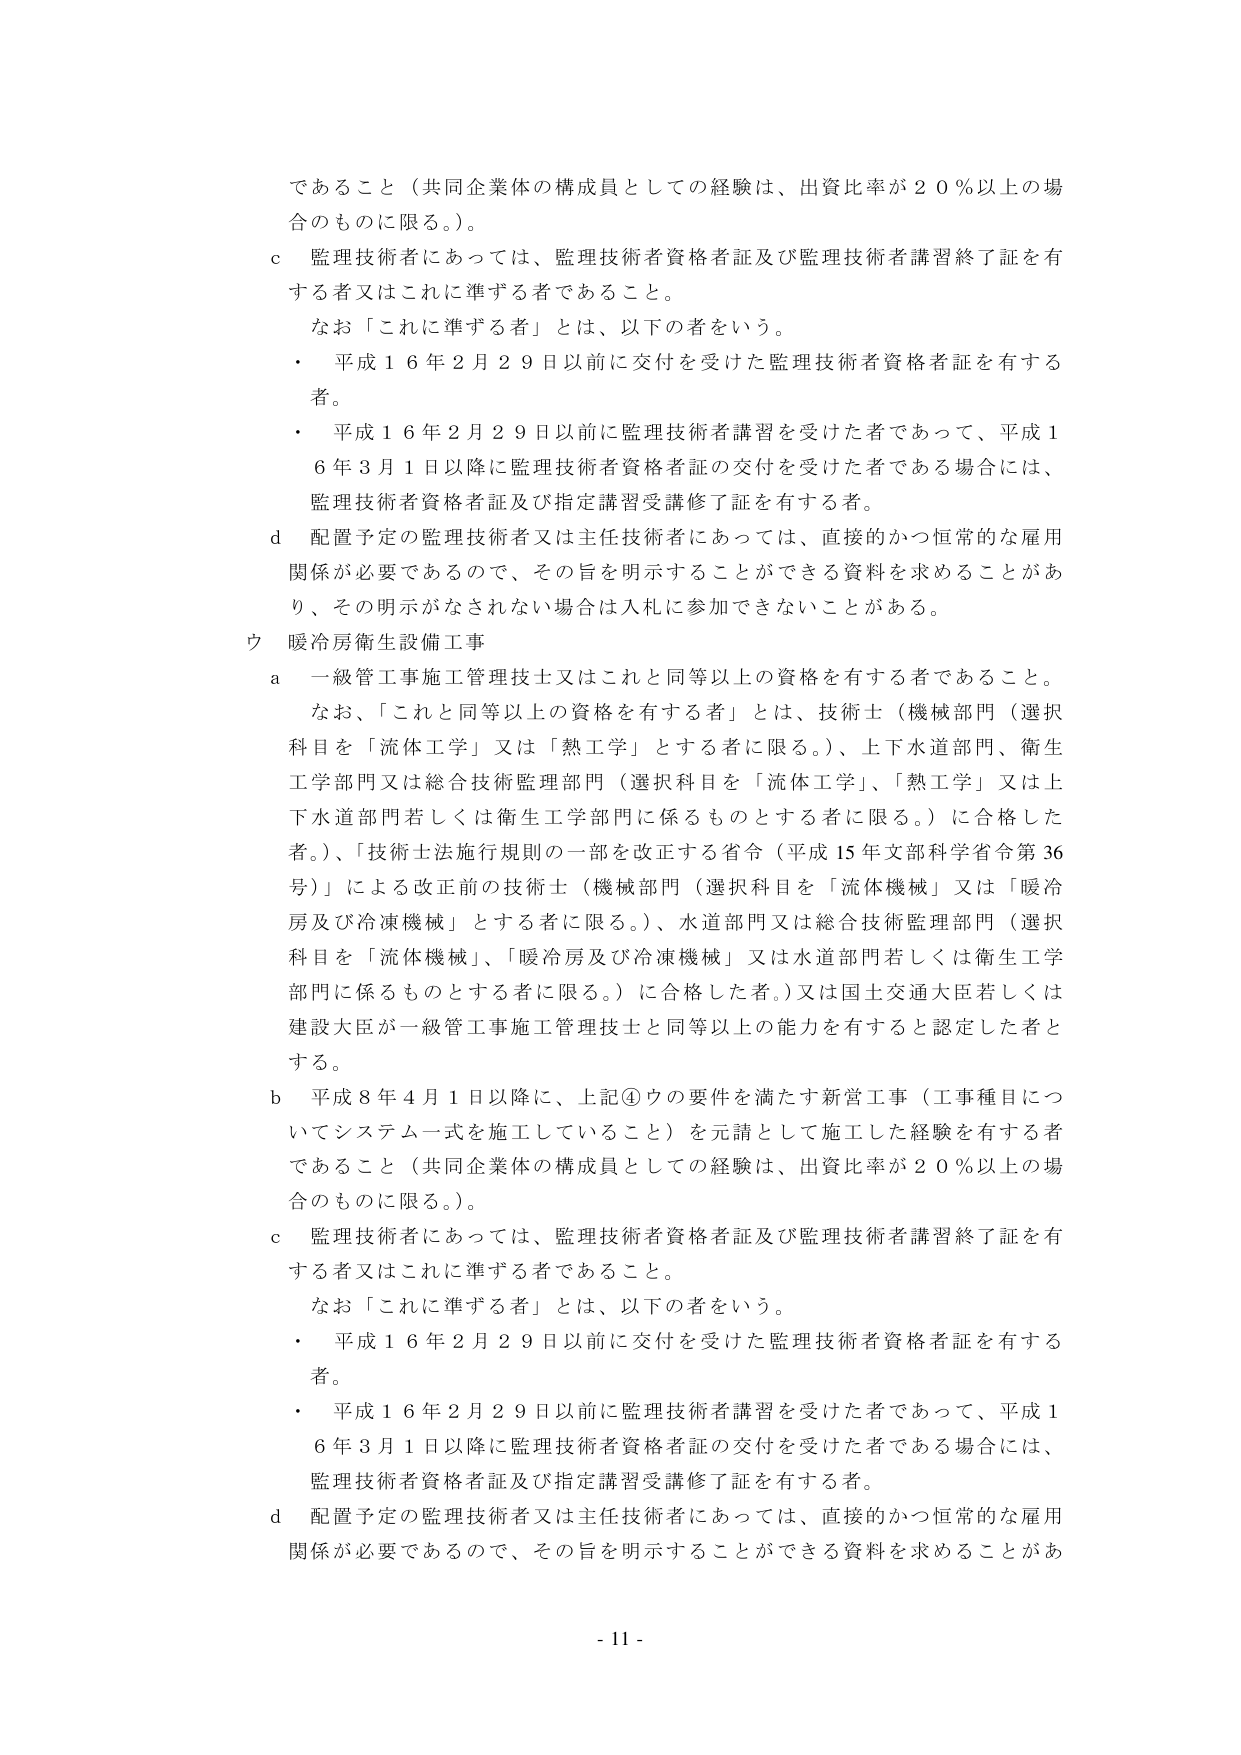
であること（共同企業体の構成員としての経験は、出資比率が２０％以上の場合のものに限る。）。

ｃ　監理技術者にあっては、監理技術者資格者証及び監理技術者講習終了証を有する者又はこれに準ずる者であること。

　　なお「これに準ずる者」とは、以下の者をいう。

・　平成１６年２月２９日以前に交付を受けた監理技術者資格者証を有する者。

・　平成１６年２月２９日以前に監理技術者講習を受けた者であって、平成１６年３月１日以降に監理技術者資格者証の交付を受けた者である場合には、監理技術者資格者証及び指定講習受講修了証を有する者。

ｄ　配置予定の監理技術者又は主任技術者にあっては、直接的かつ恒常的な雇用関係が必要であるので、その旨を明示することができる資料を求めることがあり、その明示がなされない場合は入札に参加できないことがある。

ウ　暖冷房衛生設備工事

ａ　一級管工事施工管理技士又はこれと同等以上の資格を有する者であること。

　　なお、「これと同等以上の資格を有する者」とは、技術士（機械部門（選択科目を「流体工学」又は「熱工学」とする者に限る。）、上下水道部門、衛生工学部門又は総合技術監理部門（選択科目を「流体工学」、「熱工学」又は上下水道部門若しくは衛生工学部門に係るものとする者に限る。）に合格した者。）、「技術士法施行規則の一部を改正する省令（平成15年文部科学省令第36号）」による改正前の技術士（機械部門（選択科目を「流体機械」又は「暖冷房及び冷凍機械」とする者に限る。）、水道部門又は総合技術監理部門（選択科目を「流体機械」、「暖冷房及び冷凍機械」又は水道部門若しくは衛生工学部門に係るものとする者に限る。）に合格した者。）又は国土交通大臣若しくは建設大臣が一級管工事施工管理技士と同等以上の能力を有すると認定した者とする。

ｂ　平成８年４月１日以降に、上記④ウの要件を満たす新営工事（工事種目についてシステム一式を施工していること）を元請として施工した経験を有する者であること（共同企業体の構成員としての経験は、出資比率が２０％以上の場合のものに限る。）。

ｃ　監理技術者にあっては、監理技術者資格者証及び監理技術者講習終了証を有する者又はこれに準ずる者であること。

　　なお「これに準ずる者」とは、以下の者をいう。

・　平成１６年２月２９日以前に交付を受けた監理技術者資格者証を有する者。

・　平成１６年２月２９日以前に監理技術者講習を受けた者であって、平成１６年３月１日以降に監理技術者資格者証の交付を受けた者である場合には、監理技術者資格者証及び指定講習受講修了証を有する者。

ｄ　配置予定の監理技術者又は主任技術者にあっては、直接的かつ恒常的な雇用関係が必要であるので、その旨を明示することができる資料を求めることがあ

- 11 -